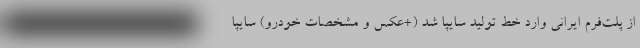
از پلت‌فرم ایرانی وارد خط تولید سایپا شد (+عکس و مشخصات خودرو) سایپا